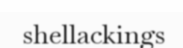
shellackings